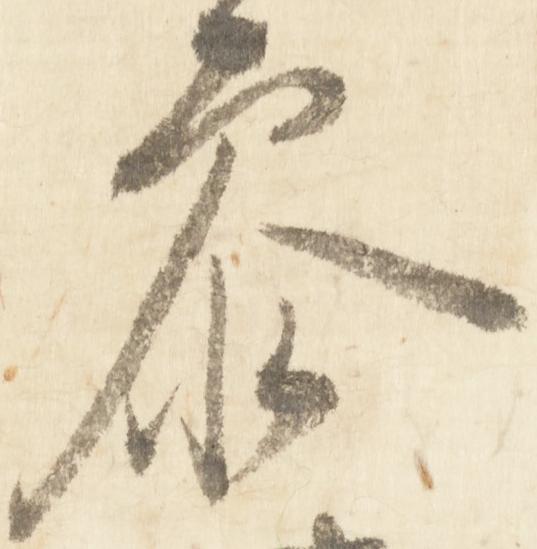
参